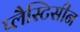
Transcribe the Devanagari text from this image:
प्लैस्टिसीन